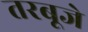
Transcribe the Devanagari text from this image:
तरबूजे